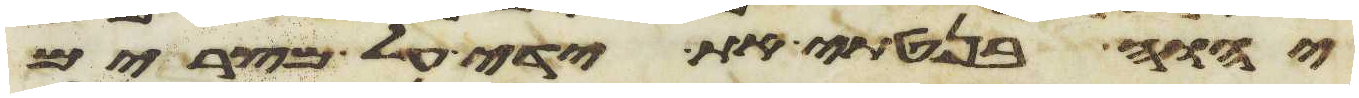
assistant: יהוה בנטתי את ידי על מצרים